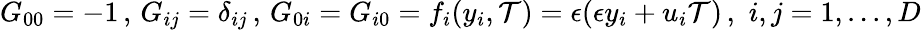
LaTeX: G_{00}=-1\, ,\, G_{ij}=\delta_{ij}\, ,\, G_{0i}=G_{i0}=f_{i}(y_{i},{\cal T})=\epsilon(\epsilon y_{i}+u_{i}{\cal T})\, ,\, \, i,j=1,...,D